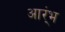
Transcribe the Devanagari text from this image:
आर्ंभ